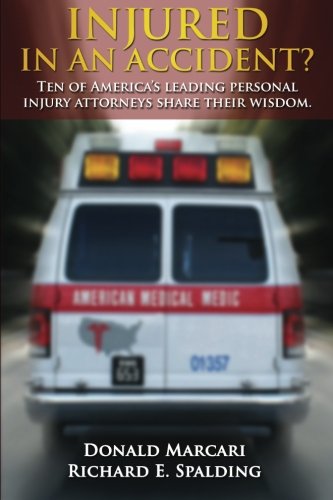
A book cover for Injured In An Accident?: Ten of America's leading personal injury attorneys share their wisdom.; Donald Marcari Esq.; Law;